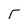
Character: T